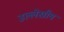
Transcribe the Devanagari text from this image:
उल्लेखीय